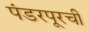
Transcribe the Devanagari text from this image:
पंडरपूरची